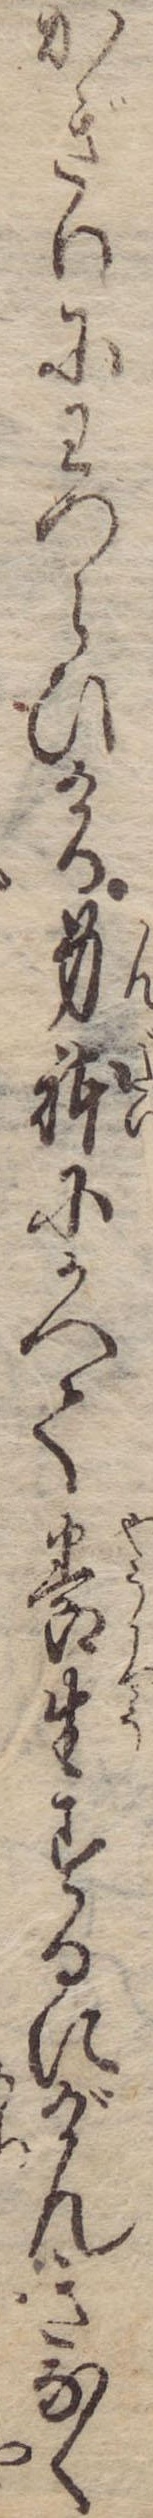
かぎりにわづらひける身体にかへて養生するにげんきなく